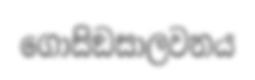
ගොසිඞසාලවනය